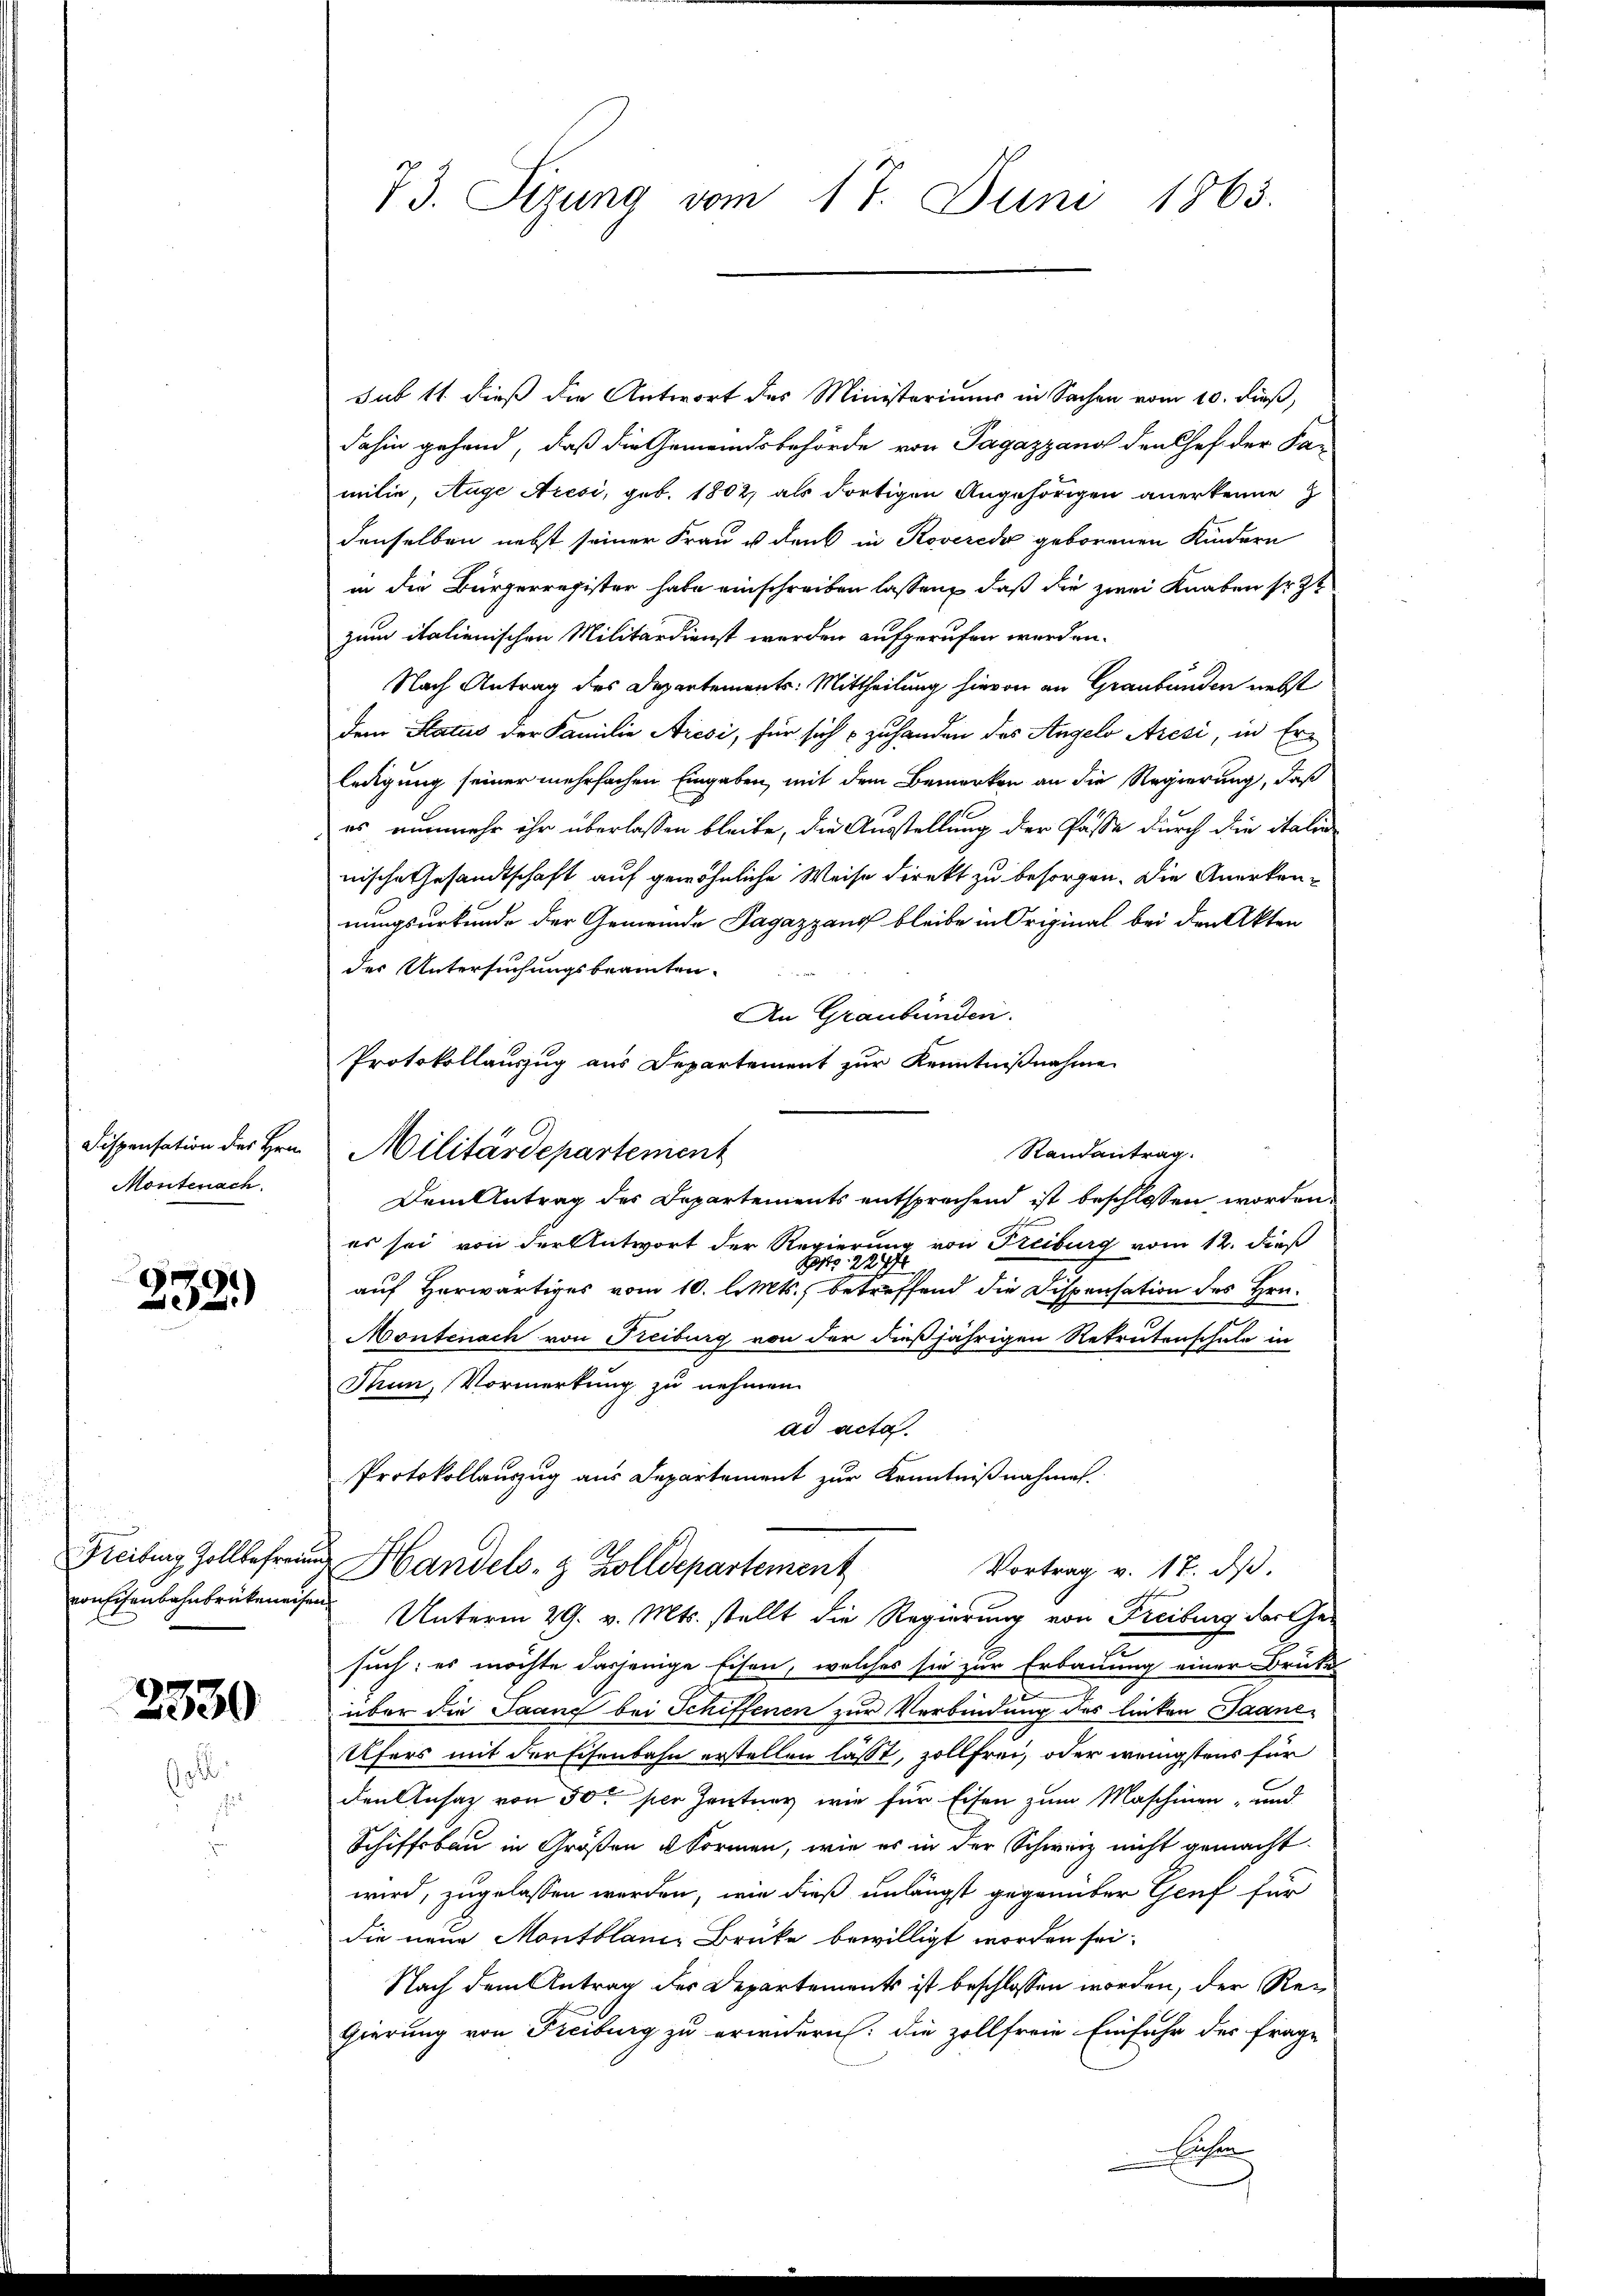
Dispensation des Hrn.
Montenach.

232.)

2330

73. Sizung vom 17. Juni 1863.

sub 11 dieß die Antwort des Ministeriums in Sachen vom 10. dieß,
dahin gehend, daß die Gemeindsbehörde von Pagazzano den Chef der Fa-
milie, Auge Aresi, geb. 1802, als dortigen Angehörigen anerkenne
denselben nebst seiner Frau u. denk in Roverede geborenen Kindern
in die Bürgerregister habe einschreiben lassen, daß die zwei Knaben sr. Zt
zum italienischen Militärdienst werden aufgerufen werden.
Nach Antrag des Departements: Mittheilung hievon an Graubünden nebst
dem Status der Familie Aresi, für sich zuhanden des Angelo Aresi, in Erledigung seiner mehrfachen Eingaben, mit dem Bemerken an die Regierung, daß
es nunmehr ihr überlassen bleibe, die Ausstellung der Pässe durch die italie
nische Gesandtschaft auf gewöhnliche Weise direkt zu besorgen. Die Anerkennungsurkunde der Gemeinde Pagazzanz bleibe in Original bei den Akten
der Untersuchungsbeamten.
An Graubünden.
Protokollauszug aus Departement zur Kenntnißnahme
Randantrag.
Militärdepartement
Dem Antrag des Departements entsprechend ist beschlossen worden.
es sei von der Antwort der Regierung von Freiburg vom 12. dieß
227
.
auf Herwärtiges vom 10. l. Mts., betreffend die Dispensation des Hrn.
Montenach von Freiburg von der dießjährigen Rekrutenschule in
Thun, Vormerkung zu nehmen.
ad acta.
Protokollauszug aus Departement zur Kenntnißnahmen.
Freibung Zollbefreund Handels- & Zolldepartement
Vortrag v. 17. dβ.
hoffen
von Eisenbahnbrüteneisen Unterm 29. v. Mts. stellt die Regierung von Freiburg der Ge-
such: es möchte dasjenige Eisen, welches sie zur Erbauung einer Brüte
über die Saang bei Schiffenen zur Verbindung des linken Saane-
Ufers mit der Eisenbahn erstellen lässt, zollfrei, oder wenigstens für
den Ansatz von 50 per Zentner wie für Eisen zum Maschinen- und
Schiffsbau in Großen u. Formen, wie es in der Schweiz nicht gemacht.
wird, zugelassen werden, wie dieß unlängst gegenüber Genf für
die neue Montblanie Brüke bewilligt worden sei.
Nach dem Antrag des Departements ist beschlossen worden, der Regierung von Freiburg zu erwidern: die zollfreie Einfuhr des Frage
Eichen